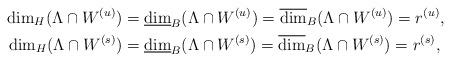
LaTeX: \begin{align*}\dim_H(\Lambda \cap W^{(u)})&= \underline{\dim}_B (\Lambda \cap W^{(u)}) = \overline{\dim}_B(\Lambda \cap W^{(u)}) = r^{(u)},\\\dim_H(\Lambda \cap W^{(s)})&= \underline{\dim}_B (\Lambda \cap W^{(s)}) = \overline{\dim}_B(\Lambda \cap W^{(s)}) = r^{(s)},\end{align*}